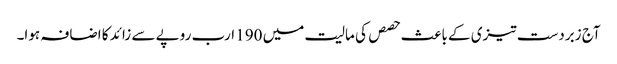
آج زبردست تیزی کے باعث حصص کی مالیت میں 190 ارب روپے سے زائد کا اضافہ ہوا۔